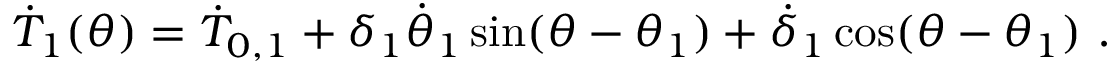
\dot { T } _ { 1 } ( \theta ) = \dot { T } _ { 0 , 1 } + \delta _ { 1 } \dot { \theta } _ { 1 } \sin ( \theta - \theta _ { 1 } ) + \dot { \delta } _ { 1 } \cos ( \theta - \theta _ { 1 } ) \ .